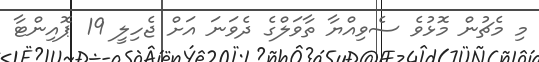
މި މެޗުން މޮޅުވެ ސެވިއްޔާ ތާވަލްގެ ދެވަނަ އަށް ޖެހިލީ 19 ޕޮއިންޓާ